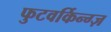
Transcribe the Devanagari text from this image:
फुटवर्किन्ग्ज़